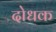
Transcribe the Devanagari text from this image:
दोधक